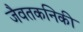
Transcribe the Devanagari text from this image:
जैवतकनिकी